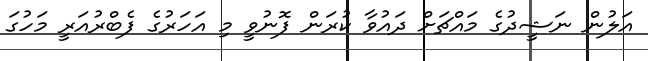
އަލުން ނަޝީދުގެ މައްޗަށް ދައުވާ ކުރަން ފޮނުވީ މި އަހަރުގެ ފެބްރުއަރީ މަހުގަ